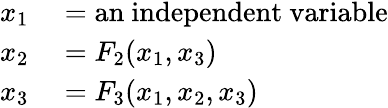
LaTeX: \begin{array}{rl}{x_{\mathrm{1}}}&{{}={\mathrm{an~independent~variable}}}\\ {x_{\mathrm{2}}}&{{}=F_{2}(x_{\mathrm{1}},x_{\mathrm{3}})}\\ {x_{\mathrm{3}}}&{{}=F_{3}(x_{\mathrm{1}},x_{\mathrm{2}},x_{\mathrm{3}})}\end{array}